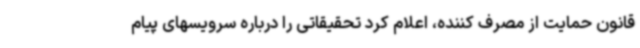
قانون حمایت از مصرف کننده، اعلام کرد تحقیقاتی را درباره سرویسهای پیام